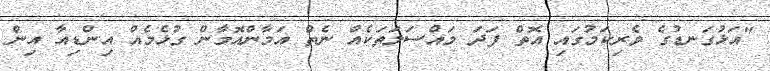
"އަޅުގަނޑުގެ ވެރިކަމުގައި އޮތް ފަދަ މައްސަލަތަކެއް ނެތް އަމާންއޮމާން ގުޅެމެއް އިންޑިއާ އިން